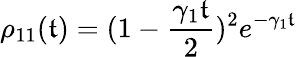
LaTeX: \rho_{11}(\mathfrak{t})=(1-\frac{{\gamma_{1}\mathfrak{t}}}{{2}})^{2}e^{-\gamma_{1}\mathfrak{t}}